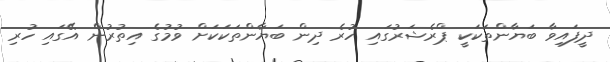
ދީފައިވާ ބަޔާންތަކަކީ ޕްރެޝަރުގައި ހުރެ ދިން ބަޔާންތަކަކަށް ވުމުގެ އިތުރުން އޭގައި ހުރި